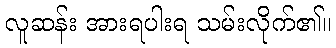
လူဆန်း အားရပါးရ သမ်းလိုက်၏။